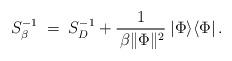
LaTeX: \begin{align*} S_\beta^{-1}\;=\;S_D^{-1}+\frac{1}{\,\beta\|\Phi\|^{2}}\:|\Phi\rangle\langle\Phi|\,. \end{align*}